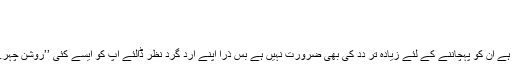
یعنی بقول ارشاد عارفؔ
بات کردار کی ہوتی ہے وگرنہ عارفؔ
قد میں انسان سے سایہ بھی بڑا ہوتا ہے
جن چکنے گھڑوں یا رفو گروں کی ہم نے بات کی ہے ان کو پہچاننے کے لئے زیادہ تر دد کی بھی ضرورت نہیں ہے بس ذرا اپنے ارد گرد نظر ڈالئے آپ کو ایسے کئی ’’روشن چہرے‘‘ نظر آجائیں گے جو ہر دربار سے وابستہ رہے۔